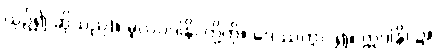
ယှဉ်၍ ဆိုသည်)။ မူလပဒါနိ၊ တို့ကို။ ဒေဿတွာ၊ ၍။ ဣဒါနိ၊ ၌။